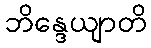
ဘိန္ဒေယျာတိ